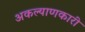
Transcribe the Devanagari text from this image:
अकल्याणकारी